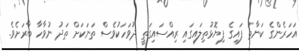
އަހަރެންގެ ކަނާތު ފައިގެ ފިޔޮޅުތިލައިގައި ރިއްސައިގަތީ ދުވަހަކުވެސް ތަނަކަށް ތަދު ނުވާހާ ބާރަށެވެ.